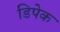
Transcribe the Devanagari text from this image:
डिपेक